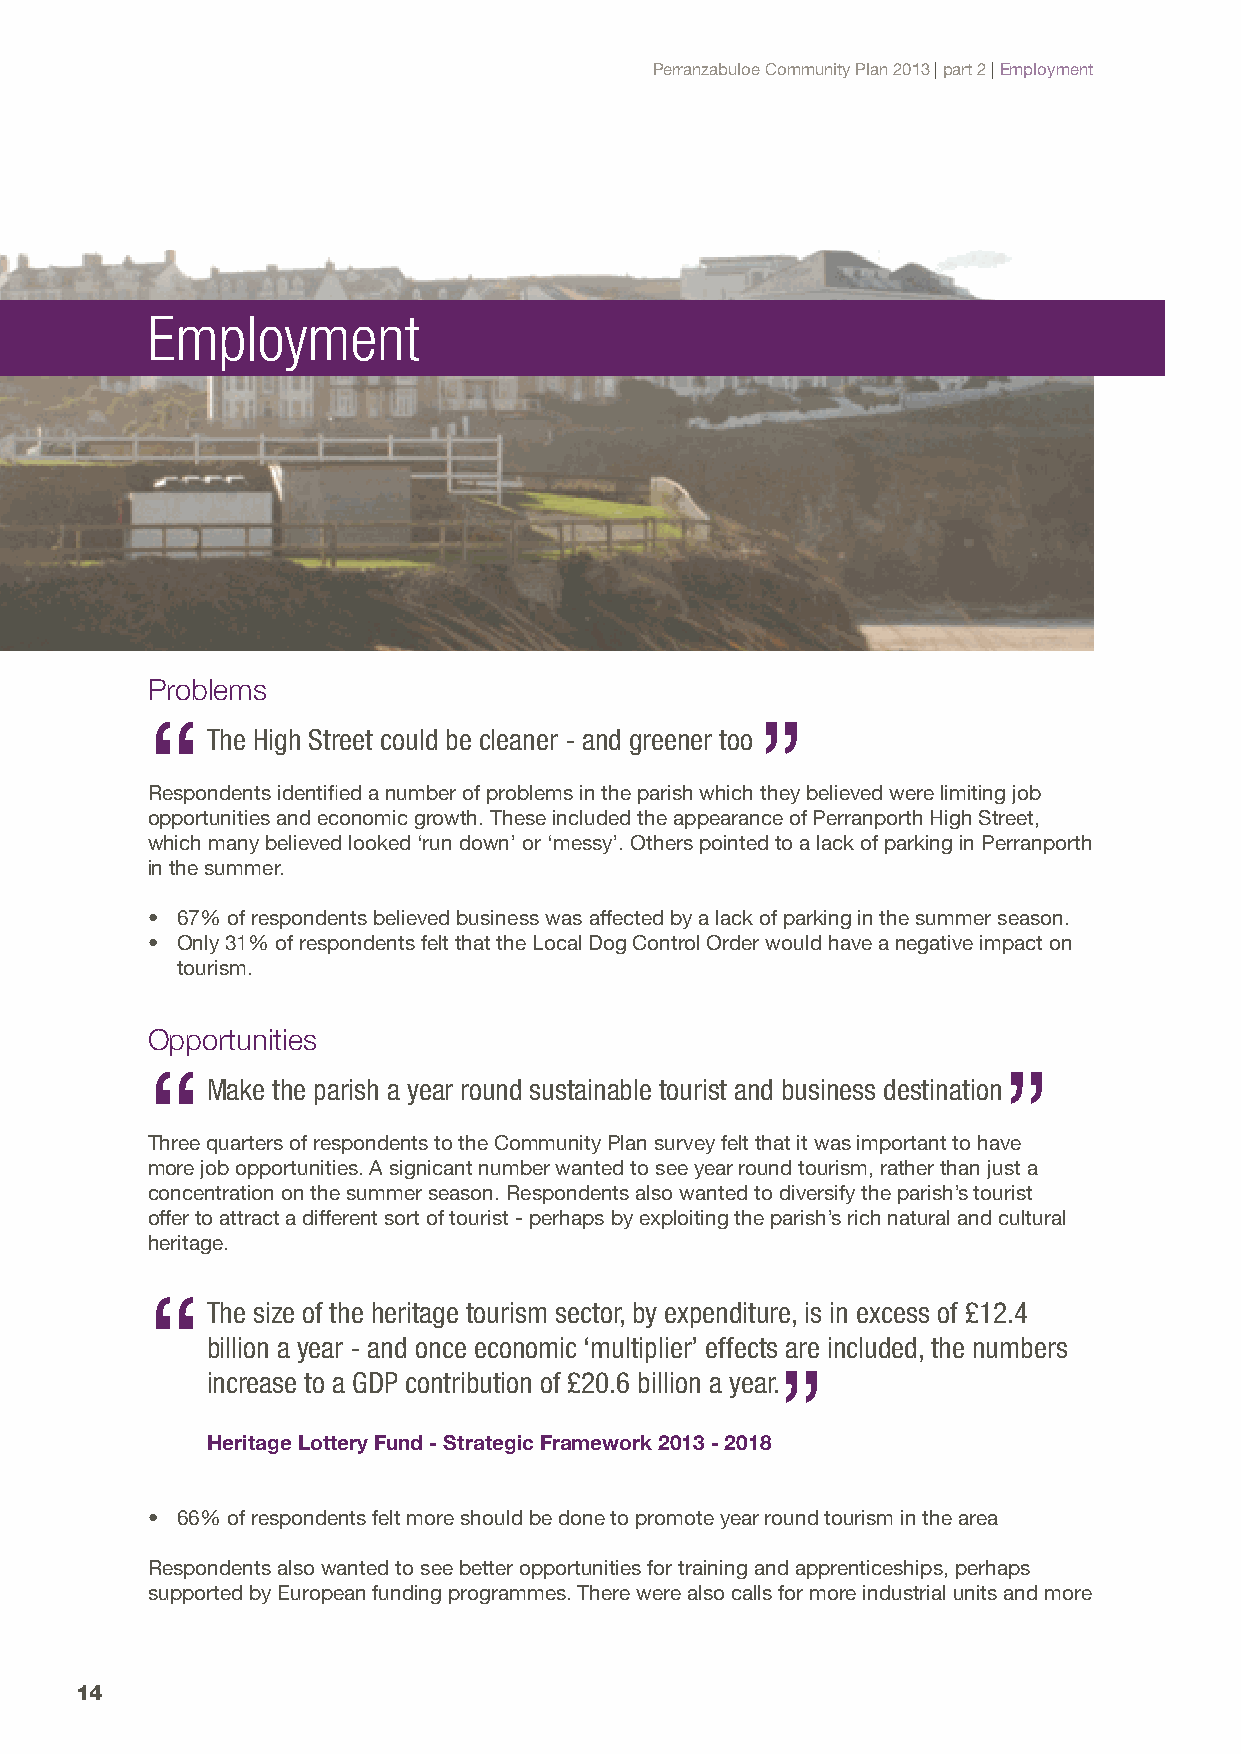
Perranzabuloe Community Plan 2013 | part 2 | Employment
 Employment
 Problems
 “                                       ”
 The High Street could be cleaner - and greener too
 Respondents identified a number of problems in the parish which they believed were limiting job
 opportunities and economic growth. These included the appearance of Perranporth High Street,
 which many believed looked ‘run down’ or ‘messy’. Others pointed to a lack of parking in Perranporth
 in the summer.
 • 67% of respondents believed business was affected by a lack of parking in the summer season.
 • Only 31% of respondents felt that the Local Dog Control Order would have a negative impact on
 tourism.
 Opportunities
 “                                                       ”
 Make the parish a year round sustainable tourist and business destination
 Three quarters of respondents to the Community Plan survey felt that it was important to have
 more job opportunities. A signicant number wanted to see year round tourism, rather than just a
 concentration on the summer season. Respondents also wanted to diversify the parish’s tourist
 offer to attract a different sort of tourist - perhaps by exploiting the parish’s rich natural and cultural
 heritage.
 “
 The size of the heritage tourism sector, by expenditure, is in excess of £12.4
 billion a year - and once economic ‘multiplier’ effects are included, the numbers
 ”
 increase to a GDP contribution of £20.6 billion a year.
 Heritage Lottery Fund - Strategic Framework 2013 - 2018
 • 66% of respondents felt more should be done to promote year round tourism in the area
 Respondents also wanted to see better opportunities for training and apprenticeships, perhaps
 supported by European funding programmes. There were also calls for more industrial units and more
 14